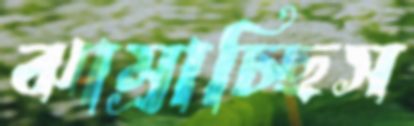
ঝাম্‌রাচ্ছিস